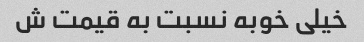
خیلی خوبه نسبت به قیمت ش